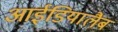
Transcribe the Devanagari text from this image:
आईडियालैब